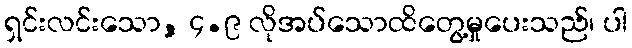
ရှင်းလင်းသော, ၄.၉ လိုအပ်သောထိတွေ့မှုပေးသည်၊ ပါ